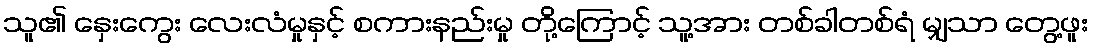
သူ၏ နှေးကွေး လေးလံမှုနှင့် စကားနည်းမှု တို့ကြောင့် သူ့အား တစ်ခါတစ်ရံ မျှသာ တွေ့ဖူး